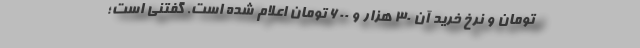
تومان و نرخ خرید آن ۳۰ هزار و ۶۰۰ تومان اعلام شده است. گفتنی است؛